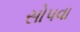
સોપવા